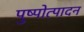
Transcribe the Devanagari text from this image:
पुष्पोत्पादन